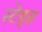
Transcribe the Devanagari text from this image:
स्टेड्स